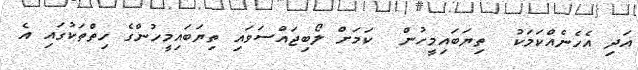
އަދި އެހެނެއްކަމަކު  ތިޔަބައިމީހުން  ކަމަށް ލޯބިޖައްސަވައި ތިޔަބައިމީހުންގެ ހިތްތަކުގައި އެ